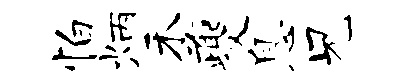
怕炳禾夔息兄